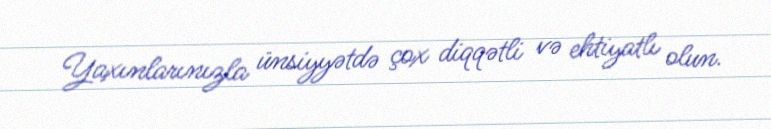
Yaxınlarınızla ünsiyyətdə çox diqqətli və ehtiyatlı olun.